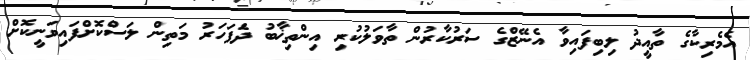
އެމެރިކާގެ ތާއީދު ލިބިފައިވާ އެނޭޒްގެ ސަރުކާރުން ތާވަލުކުރި އިންތިޚާބު ދެަފަހަރު މަތިން ލަސްކޮށްފައިވަނީކޮށް